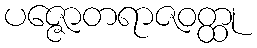
ပဇ္ဇောတရာဇဝတ္ထု